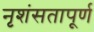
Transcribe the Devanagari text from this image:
नृशंसतापूर्ण